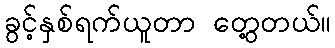
ခွင့်နှစ်ရက်ယူတာ တွေ့တယ်။